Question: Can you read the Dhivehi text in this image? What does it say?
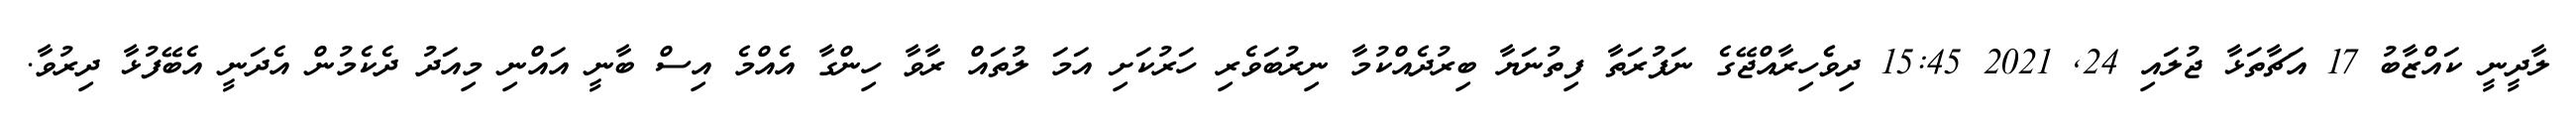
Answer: ލާދީނީ ކައްޒާބު 17 އަޗާތަޅާ ޖުލައި 24, 2021 15:45 ދިވެެހިރާއްޖޭގެ ނަފުރަތާ ފިތުނަޔާ ބިރުދެއްކުމާ ނިރުބަވެރި ހަރުކަށި އަމަ ލުތައް ރާވާ ހިންގާ އެއްމެ އިސް ބާނީ އައްނި މިއަދު ދެކެމުން އެދަނީ އެބޭފުޅާ ދިރުވާ.